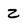
Character: 2